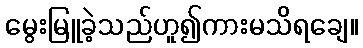
မွေးမြူခဲ့သည်ဟူ၍ကားမသိရချေ။